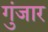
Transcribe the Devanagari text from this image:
गुंजार